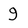
Character: 9